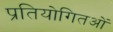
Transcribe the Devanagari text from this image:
प्रतियोगितओं